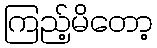
ကြည့်မိတော့